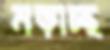
নড়াচ্ছ